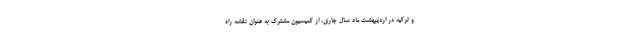
و ترکیه در اردیبهشت ماه سال جاری، از کمیسیون مشترک به عنوان نقشه راه